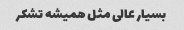
بسیار عالی مثل همیشه تشکر